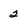
Character: 2